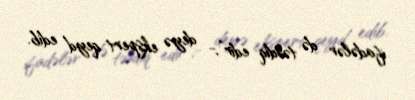
ifadələr də təsdiq edir”,- deyə ekspert qeyd edib.